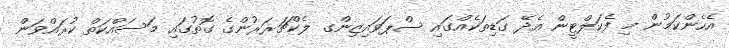
އެހެންކަމުން މި ފެކަލްޓީން އެދޭ ގަޑިތަކެއްގައި ސްޕަވައިޒިންގ ލެކްޗަރަރުންގެ ގޮތުގައި މަސައްކަތް ކުރައްވަން